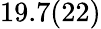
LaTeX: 19.7(22)